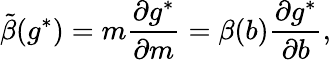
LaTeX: \tilde{\beta}(g^{*})=m{\frac{\partial g^{*}}{\partial m}}=\beta(b){\frac{\partial g^{*}}{\partial b}},